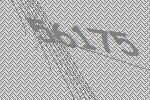
56175